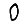
Digit: 0